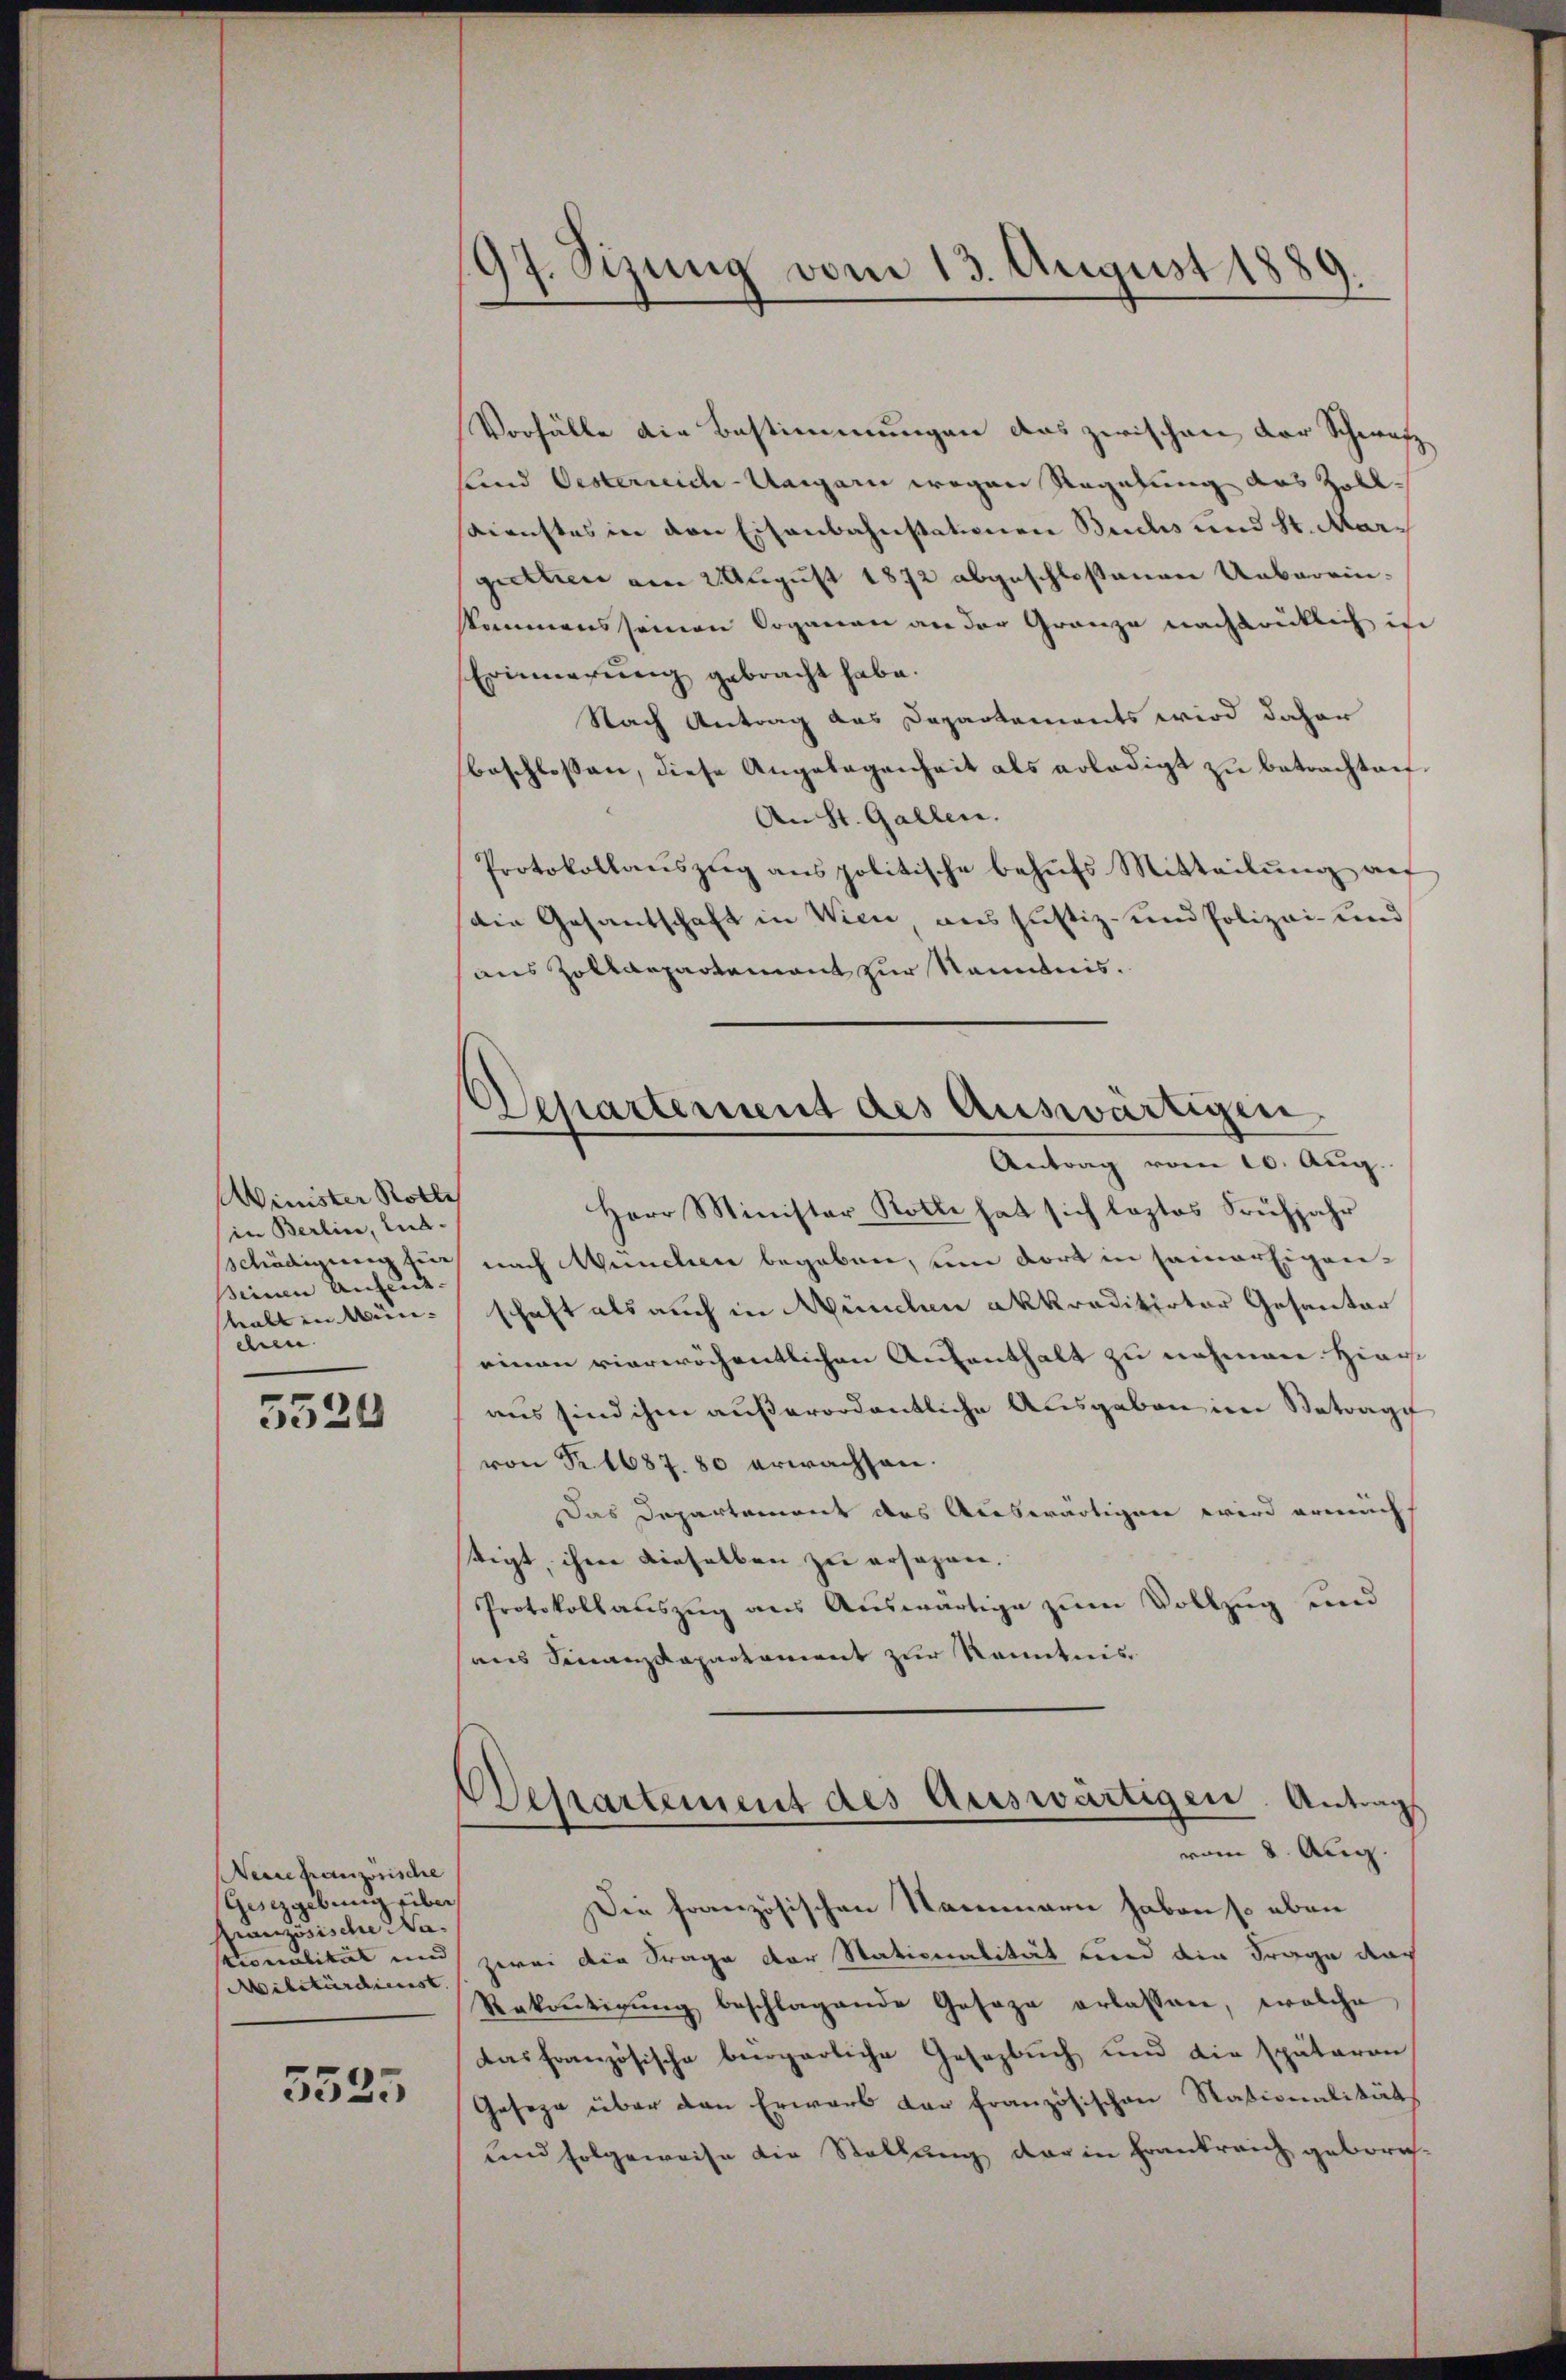
Winister Rotli
in Berlin, Ent-
seinen Ansent.
hall in Mün-
dem.

5526

Neuchanzösische
Giszgebung über
Französische Na¬
Militärdienst. |

3535

97. Sizung vom 13. August 1889.

Departement des Auswärtigen.
Antrag vom 10. Aug.

Vorfälle die Bestimmungen das zwischen Dor Schwarz
Kind Oesterrich-Ungarn wegen Regelung des Zoll¬
Dienstes in den Eisenbahnstationen Buchs und St. Margiethen am 2. August 1872 abgeschlossenen Ueberein-
kkommens seinen Doganau an der Granze nachdrücklich in
Erinnerung gebracht habe.
Nach Antrag aus Departements wird daher
beschlossen, diese Angelegenheit als erledigt zu betrachten.
An St. Gallen.
Protokollaŭszŭg anspolitische behŭfs Mitteilŭng aŭf
die Gesantschaft in Wien, aus Justiz- und Polizei- und
aus Zollaepartement zur Kenntnis.
Herr Minister Rotte hat sich leztes Frühjahr
sschädigung hier nach München begeben, um dort in samerigenschaft als auch in München akkraditirter Gesanter
einen vierwöchentlichen Aufenthalt zu nehmen. Hint
aus sind ihm außerordentliche Ausgaben im Betrage
von Nr. 1687. 80 erwachsen.
Das Departement des Auswärtigen wird ermach
tigt, ihm dieselben zu ersagen.
Protokollauszug aus Auswärtige zum Vollzug und
aus Finanzdepartament zur Kenntnis
Departement des Auswärtigen. Antrag
vom 8. Aug.
Die französischen Nammern haben so eben
pionalität und zwei die Frage der Stationalität und die Frage das
Rekontigŭng beschlagende Gesage erlassen, welche
das französische bürgerliche Gesezbŭch und die späteron
Geseze über den Erwart der Französischen Rationalitäts
und folgeweise die Stellung der in Frankreich gebore¬